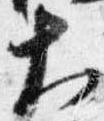
大